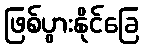
ဖြစ်ပွားနိုင်ခြေ